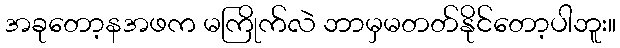
အခုတော့နအဖက မကြိုက်လဲ ဘာမှမတတ်နိုင်တော့ပါဘူး။